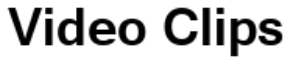
Video Clips